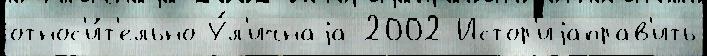
относ'и́т'ельно У́л'ичнаjа 2002 Истор'иjаправ'ить